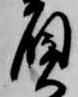
負